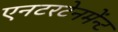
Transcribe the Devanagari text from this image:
एनटरटेनमेंन्ट